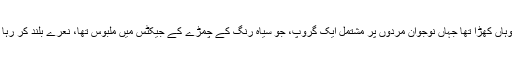
الیا وہاں کھڑا تھا جہاں نوجوان مردوں پر مشتمل ایک گروپ، جو سیاہ رنگ کے چمڑے کے جیکٹس میں ملبوس تھا، نعرے بلند کر رہا تھا۔